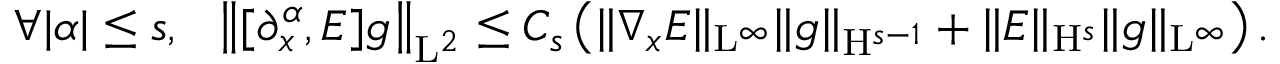
\begin{array} { r } { \forall \vert \alpha \vert \leq s , \ \ \left\Vert [ \partial _ { x } ^ { \alpha } , E ] g \right\Vert _ { \mathrm { L } ^ { 2 } } \leq C _ { s } \left( \Vert \nabla _ { x } E \Vert _ { \mathrm { L } ^ { \infty } } \Vert g \Vert _ { \mathrm { H } ^ { s - 1 } } + \Vert E \Vert _ { \mathrm { H } ^ { s } } \Vert g \Vert _ { \mathrm { L } ^ { \infty } } \right) . } \end{array}